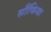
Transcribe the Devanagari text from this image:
सौंफिया